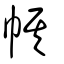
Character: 帺